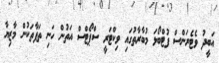
އަބީދު ވެޓެރަންސް ފުޓްބޯޅަ މުބާރާތުގައި ވިކްޓަރީ ސްޕޯޓްސް އަތުން ހަނި ތަފާތަކުން މާޒިޔާ